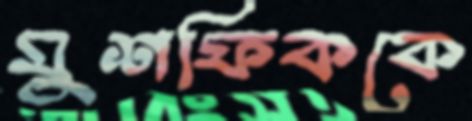
মুশফিককে